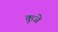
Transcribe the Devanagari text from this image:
कूजे